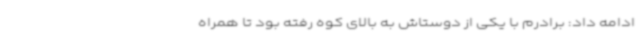
ادامه داد: برادرم با یکی از دوستاش به بالای کوه رفته بود تا همراه